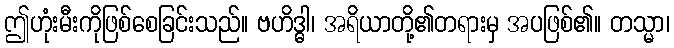
ဤဟုံးမီးကိုဖြစ်စေခြင်းသည်။ ဗဟိဒ္ဓါ၊ အရိယာတို့၏တရားမှ အပဖြစ်၏။ တသ္မာ၊